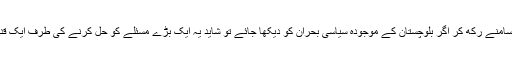
ان تمام حالات کو سامنے رکھ کر اگر بلوچستان کے موجودہ سیاسی بحران کو دیکھا جائے تو شاید یہ ایک بڑے مسئلے کو حل کرنے کی طرف ایک قدم کہا جا سکتا ہے۔